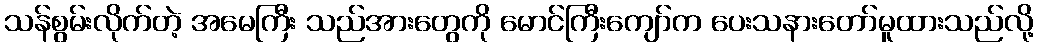
သန်စွမ်းလိုက်တဲ့ အမေကြီး သည်အားတွေကို မောင်ကြီးကျော်က ပေးသနားတော်မူထားသည်လို့